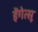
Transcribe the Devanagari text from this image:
हेंगेत्सू